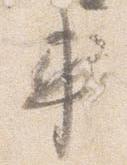
車